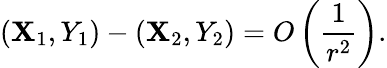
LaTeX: (\mathbf{X}_{1},Y_{1})-(\mathbf{X}_{2},Y_{2})=O\left(\frac{{1}}{{r^{2}}}\right).